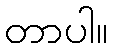
တာပါ။